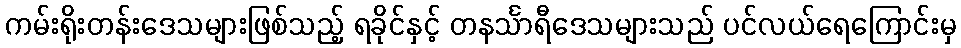
ကမ်းရိုးတန်းဒေသများဖြစ်သည့် ရခိုင်နှင့် တနင်္သာရီဒေသများသည် ပင်လယ်ရေကြောင်းမှ